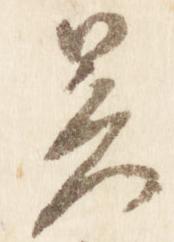
暑